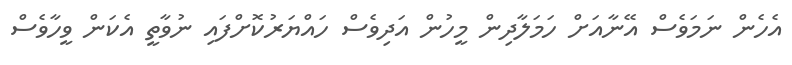
އެހެން ނަމަވެސް އޭނާއަށް ހަމަލާދިން މީހުން އަދިވެސް ހައްޔަރުކޮށްފައި ނުވާތީ އެކަން ވީހާވެސް